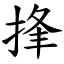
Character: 捀